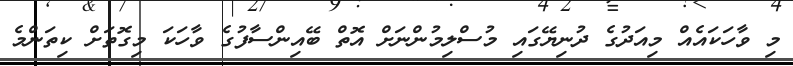
މި ވާހަކައެއް މިއަދުގެ ދުނިޔޭގައި މުސްލިމުންނަށް އޮތް ބޭއިންސާފުގެ ވާހަކަ މިގޮތަށް ކިތަންމެ